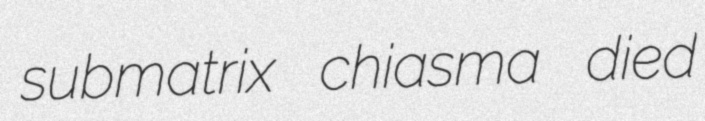
submatrix chiasma died